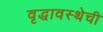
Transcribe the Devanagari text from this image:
वृद्धावस्थेची